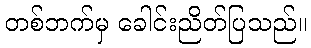
တစ်ဘက်မှ ခေါင်းညိတ်ပြသည်။